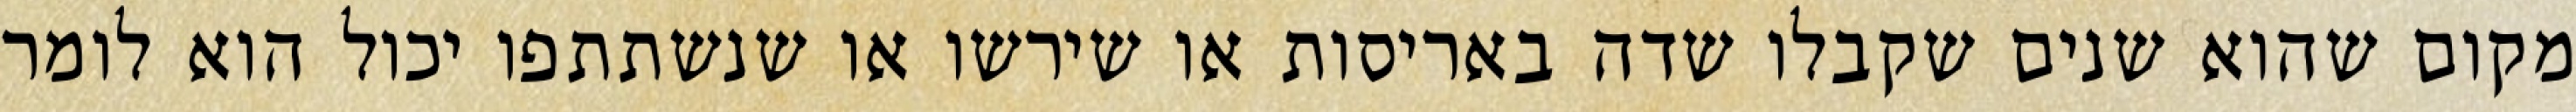
מקום שהוא שנים שקבלו שדה באריסות או שירשו או שנשתתפו יכול הוא לומר